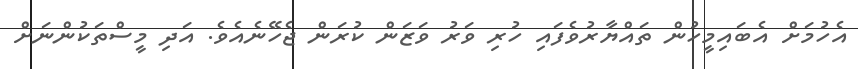
އެހުމަށް އެބައިމީހުން ތައްޔާރުވެފައި ހުރި ވަރު ވަޒަން ކުރަން ޖެހޭނެއެވެ. އަދި މީސްތަކުންނަށް